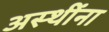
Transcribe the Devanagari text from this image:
अस्थींना